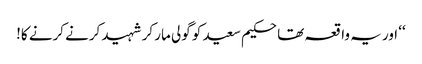
‘‘ اور یہ واقعہ تھا حکیم سعید کو گولی مار کر شہید کرنے کرنے کا!